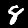
Digit: 8